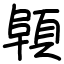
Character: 顊